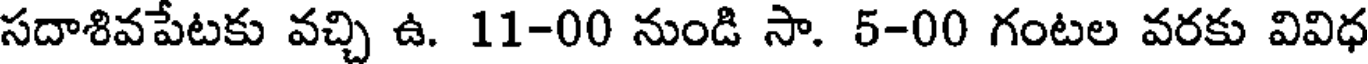
సదాశివపేటకు వచ్చి ఉ. 11-00 నుండి సా. 5-00 గంటల వరకు వివిధ